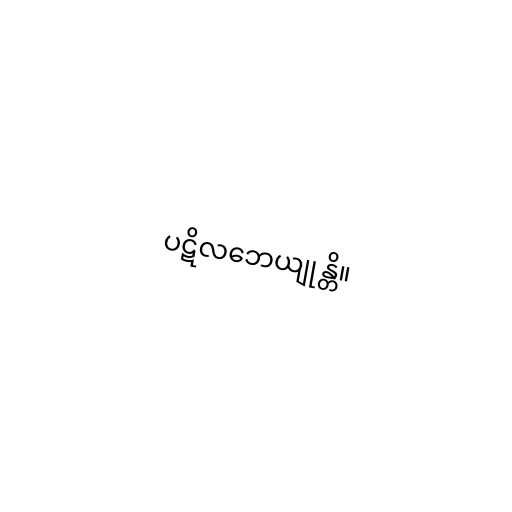
ပဋိလဘေယျုန္တိ။